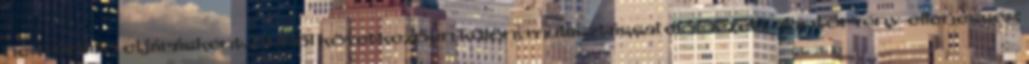
nem önálló eljárásként. Ebből következően külön, mulasztással előidézett alaptörvény-ellenesség